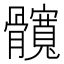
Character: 髖